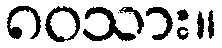
၈၀သား။